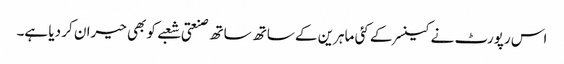
اس رپورٹ نے کینسر کے کئی ماہرین کے ساتھ ساتھ صنعتی شعبے کو بھی حیران کر دیا ہے۔